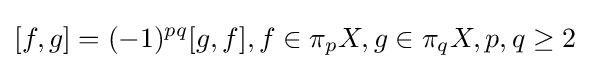
[f,g]=(-1)^{pq}[g,f],f\in \pi _{p}X,g\in \pi _{q}X,p,q\geq 2